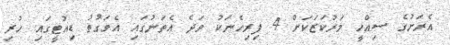
އެރަށުގެ ސިއްހީ މަރުކަޒަކަށް 4 ފިރިހެނަކު ވަދެ އެތަނުގައި އެވަގުތު ޑިއުޓީގައި ހުރި